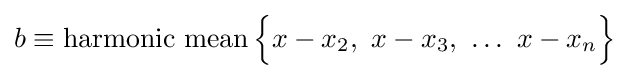
b\equiv \operatorname {harmonic\ mean} {\Bigl \{}x-x_{2},\ x-x_{3},\ \ldots \ x-x_{n}{\Bigr \}}